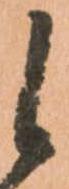
候